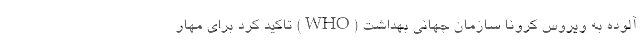
آلوده به ویروس کرونا سازمان جهانی بهداشت (WHO) تاکید کرد برای مهار